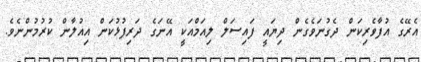
އެރޭގެ އުފާވެރިކަން ދެގުނަވެގެން ދިޔައީ ފައިސަލް ލިއަމްއަކީ އޭނަގެ ދަރިފުޅުކަން އިއުލާން ކުރުމުންނެވެ.